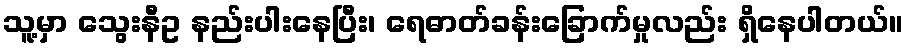
သူ့မှာ သွေးနီဥ နည်းပါးနေပြီး၊ ရေဓာတ်ခန်းခြောက်မှုလည်း ရှိနေပါတယ်။